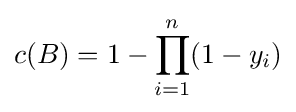
c(B)=1-\prod _{i=1}^{n}(1-y_{i})